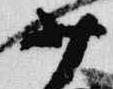
少